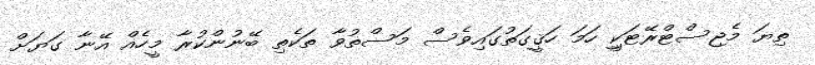
ތިޔަ މެޖިސްޓްރޭޓަކީި ހަމަ ހަޤީގަތުގައިވެސް މަސްތުވާ ތަކެތި ބޭނުންކުރާ މީހެއް އޭނާ ގަޔަށް